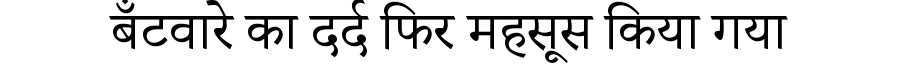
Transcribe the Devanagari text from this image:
बँटवारे का दर्द फिर महसूस किया गया